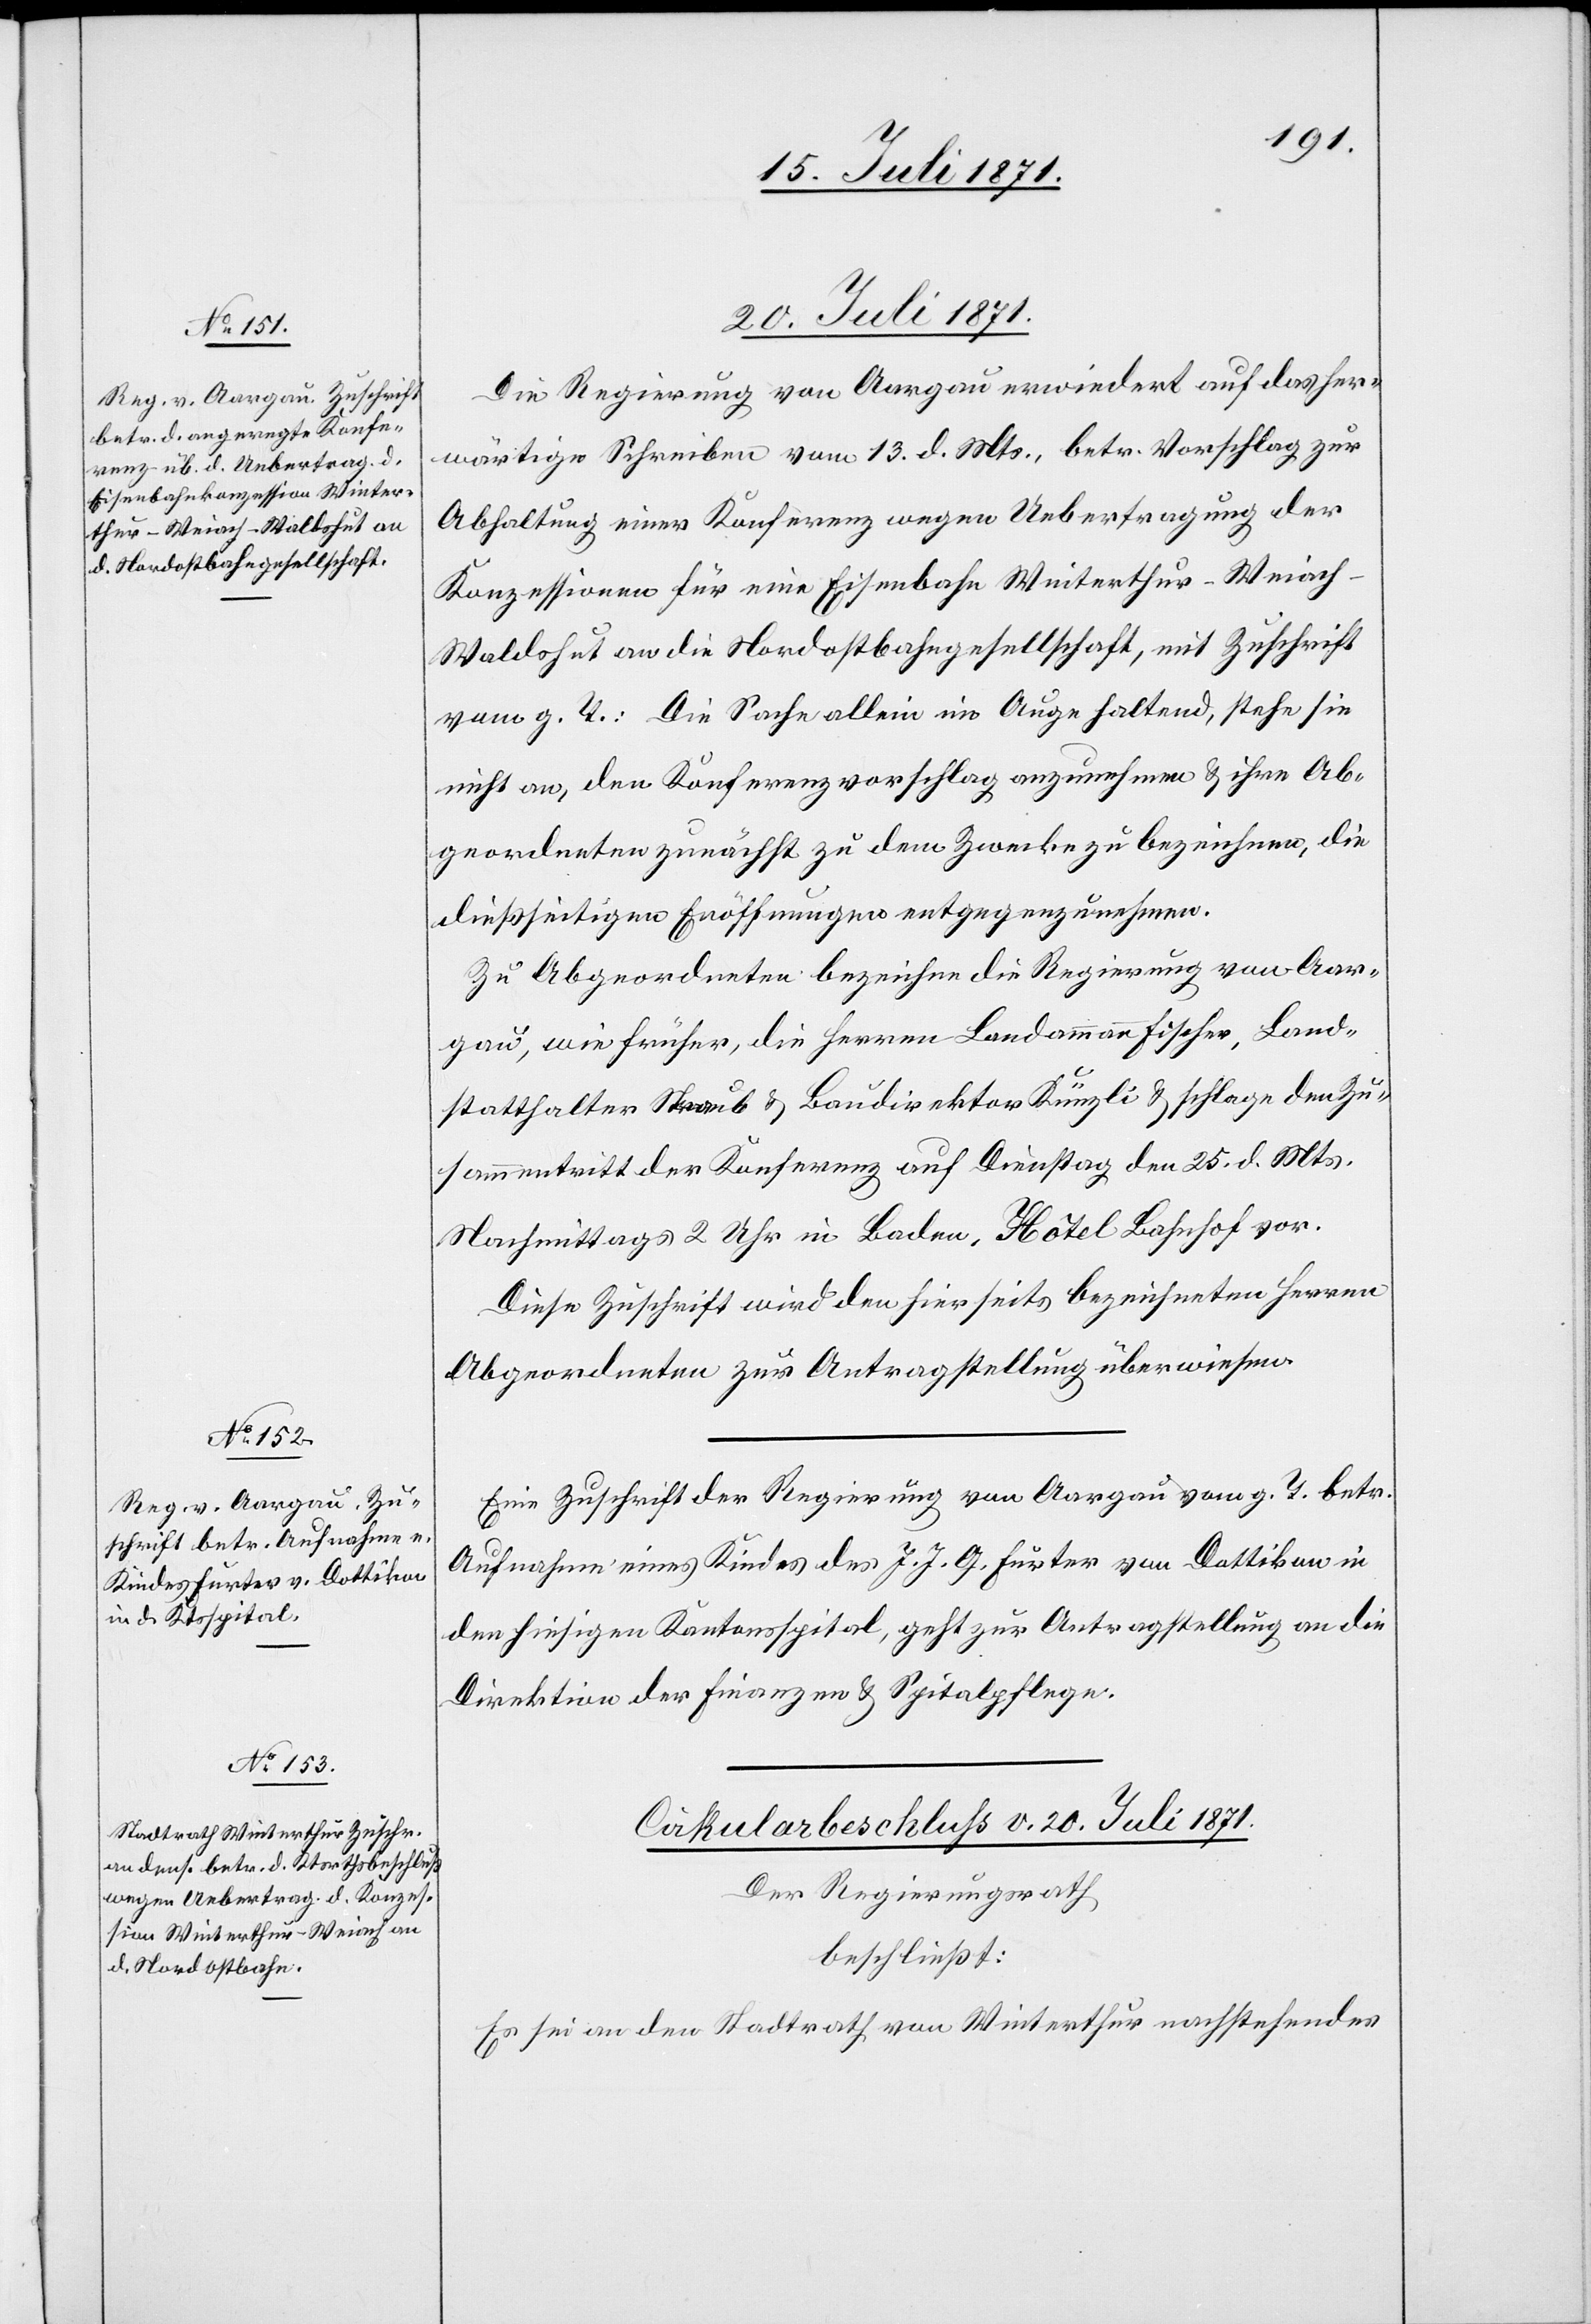
20. Juli 1871.
Die Regierung von Aargau erwiedert auf das her¬
wärtige Schreiben vom 13. d. Mts., betr. Vorschlag zur
Abhaltung einer Konferenz wegen Uebertragung der
Konzessionen für eine Eisenbahn Winterthur-Weiac¬
h-Waldshut an die Nordostbahngesellschaft, mit Zuschrift
vom g. T.: Die Sache allein im Auge haltend, stehe sie
nicht an, den Konferenzvorschlag anzunehmen u. ihre Ab¬
geordneten zunächst zu dem Zwecke zu bezeichnen, die
dießseitigen Eröffnungen entgegenzunehmen.
Zu Abgeordneten bezeichne die Regierung von Aar¬
gau, wie früher, die Herren Landammann Fischer, Land¬
statthalter Staub u. Baudirektor Künzli u. schlage den Zu¬
sammentritt der Konferenz auf Dienstag den 25. d. Mts.
Nachmittags 2 Uhr in Baden, Hôtel Bahnhof vor.
Diese Zuschrift wird den hierseits bezeichneten Herren
Abgeordneten zur Antragstellung überwiesen.
Eine Zuschrift der Regierung von Aargau vom g. T. betr.
Aufnahme eines Kindes des J. J. G. Furter von Dottikon in
den hiesigen Kantonsspital, geht zur Antragstellung an die
Direktion der Finanzen u. Spitalpflege.
Der Regierungsrath
beschließt:
Es sei an den Stadtrath von Winterthur nachstehendes